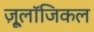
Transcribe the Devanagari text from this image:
ज़ू्लॉजिकल